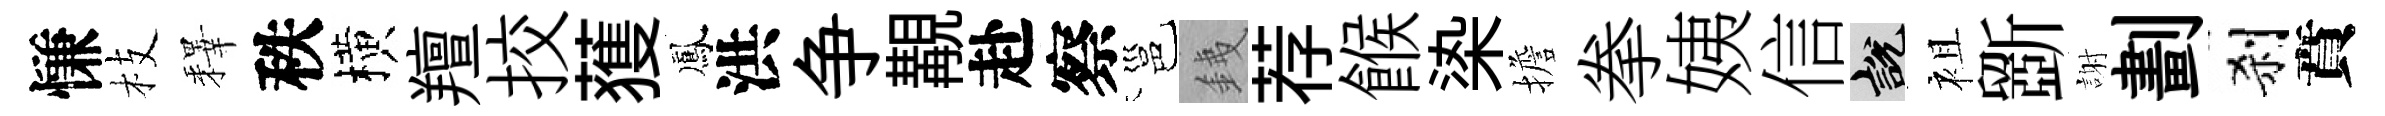
慊枝釋秩横羶挍𫉬鳳洪争覯赴察邕銕荐餱𣑱擔拳姨信説袓斵謝劃刹賁